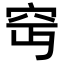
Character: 𥤵